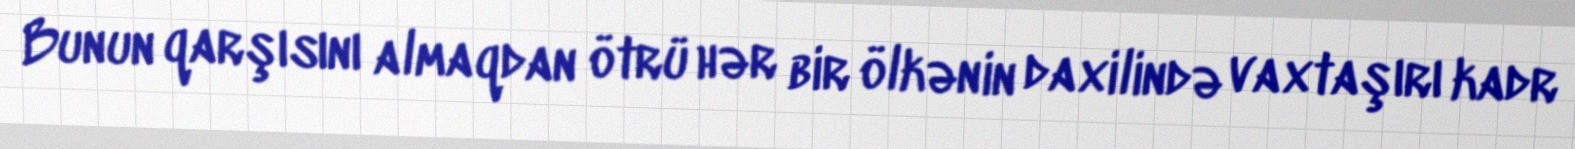
Bunun qarşısını almaqdan ötrü hər bir ölkənin daxilində vaxtaşırı kadr